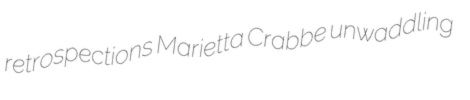
retrospections Marietta Crabbe unwaddling